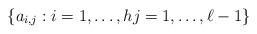
LaTeX: \begin{align*}\{ a_{i,j}:i=1,\ldots, h j = 1,\ldots, \ell -1\}\end{align*}